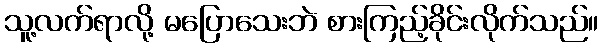
သူ့လက်ရာလို့ မပြောသေးဘဲ စားကြည့်ခိုင်းလိုက်သည်။